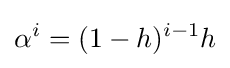
\alpha ^{i}=(1-h)^{i-1}h